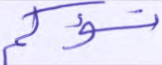
تسؤكم